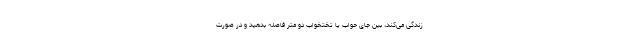
زندگی می‌کند، بین جای حواب یا تختخواب دو متر فاصله بدهید و در صورت